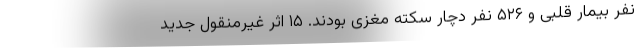
نفر بیمار قلبی و ۵۲۶ نفر دچار سکته مغزی بودند. ۱۵ اثر غیرمنقول جدید